Scottish Leaving Certificate Examination, 1960
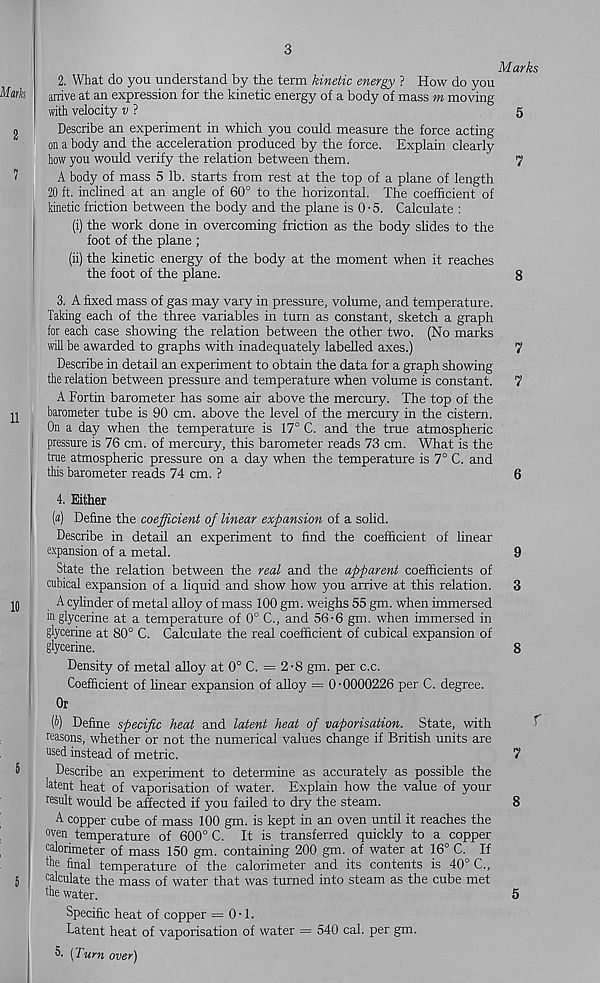
3
2. What do you understand by the term kinetic energy ? How do you
arrive at an expression for the kinetic energy of a body of mass m moving
with velocity v ?
Describe an experiment in which you could measure the force acting
on a body and the acceleration produced by the force. Explain clearly
how you would verify the relation between them.
A body of mass 5 lb. starts from rest at the top of a plane of length
20 ft. inclined at an angle of 60° to the horizontal. The coefficient of
kinetic friction between the body and the plane is 0 • 5. Calculate :
(i) the work done in overcoming friction as the body slides to the
foot of the plane ;
(ii) the kinetic energy of the body at the moment when it reaches
the foot of the plane.
3. A fixed mass of gas may vary in pressure, volume, and temperature.
Taking each of the three variables in turn as constant, sketch a graph
for each case showing the relation between the other two. (No marks
will be awarded to graphs with inadequately labelled axes.)
Describe in detail an experiment to obtain the data for a graph showing
the relation between pressure and temperature when volume is constant.
A Fortin barometer has some air above the mercury. The top of the
barometer tube is 90 cm. above the level of the mercury in the cistern.
On a day when the temperature is 17° C. and the true atmospheric
pressure is 76 cm. of mercury, this barometer reads 73 cm. What is the
true atmospheric pressure on a day when the temperature is 7° C. and
this barometer reads 74 cm. ?
4. Either
(«) Define the coefficient of linear expansion of a solid.
Describe in detail an experiment to find the coefficient of linear
expansion of a metal.
State the relation between the real and the apparent coefficients of
cubical expansion of a liquid and show how you arrive at this relation.
A cylinder of metal alloy of mass 100 gm. weighs 55 gm. when immersed
m glycerine at a temperature of 0° C., and 56-6 gm. when immersed in
glycerine at 80° C. Calculate the real coefficient of cubical expansion of
glycerine.
Density of metal alloy at 0° C. =2-8 gm. per c.c.
Coefficient of linear expansion of alloy = 0-0000226 per C. degree.
Or
$) Define specific heat and latent heat of vaporisation. State, with
reasons, whether or not the numerical values change if British units are
used instead of metric.
Describe an experiment to determine as accurately as possible the
latent heat of vaporisation of water. Explain how the value of your
result would be affected if you failed to dry the steam.
A copper cube of mass 100 gm. is kept in an oven until it reaches the
°ven temperature of 600° C. It is transferred quickly to a copper
calorimeter of mass 150 gm. containing 200 gm. of water at 16° C. If
the final temperature of the calorimeter and its contents is 40° C.,
calculate the mass of water that was turned into steam as the cube met
the water.
Specific heat of copper = 0-1.
Latent heat of vaporisation of water = 540 cal. per gm.
5. [Turn over)
Marks